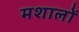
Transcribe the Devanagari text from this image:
मशालों